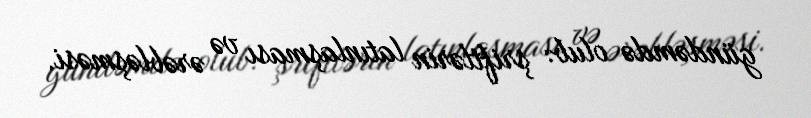
gündəmdə olub: şriftlərin latınlaşması və ərəbləşməsi.